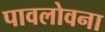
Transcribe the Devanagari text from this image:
पावलोवना